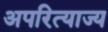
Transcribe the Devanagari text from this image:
अपरित्याज्य